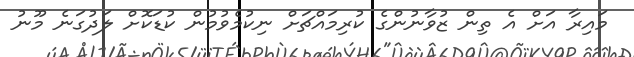
މައިރާ އަށް އެ ތިން ޒުވާނުންގެ ކުރިމައްޗަށް ނިކުމެވުމުން ކުޑަކޮށް ލަދުގަނެ މޫނު